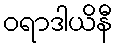
ဝရာဒါယိနီ